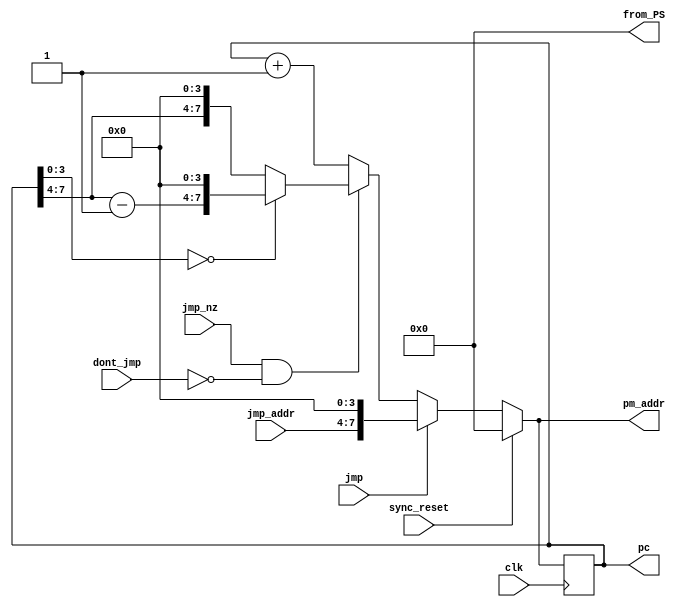
module program_sequencer_Q5(clk, sync_reset, pm_addr, jmp, jmp_nz, jmp_addr, dont_jmp, 
								pc, from_PS);
input clk, sync_reset, jmp,jmp_nz, dont_jmp;
input [3:0] jmp_addr;
output reg [7:0] pc, pm_addr, from_PS;

always @ *
from_PS = 8'h0;

always @ (posedge clk)
pc <= pm_addr;

always @ *
if (sync_reset == 1'b1)
	pm_addr <= 8'h00;
else if (jmp == 1'b1)
	pm_addr <= {jmp_addr,4'h0};
else if ((jmp_nz == 1'b1) && (dont_jmp == 1'b0))
	if (pc[3:0] == 4'd0)
		pm_addr <= {pc[7:4]-4'd1, 4'h0};
	else
		pm_addr <= {pc[7:4], 4'h0};
else
	pm_addr <= pc + 8'b1;

endmodule